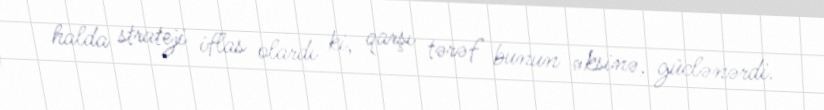
halda strateji iflas olardı ki, qarşı tərəf bunun əksinə, güclənərdi.